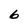
Character: 6